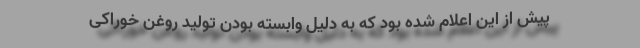
پیش از این اعلام شده بود که به دلیل وابسته بودن تولید روغن خوراکی